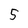
Character: 5